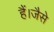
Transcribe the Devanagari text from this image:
हैं।जैसे